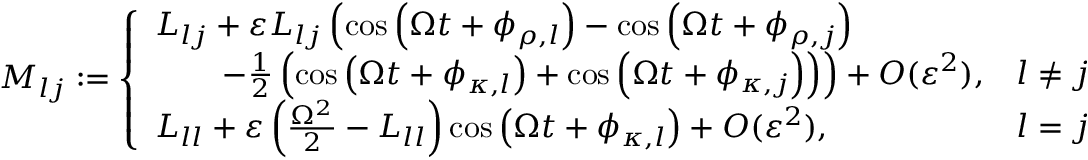
\begin{array} { r } { M _ { l j } : = \left\{ \begin{array} { l l } { L _ { l j } + \varepsilon L _ { l j } \left( \cos { \left( \Omega t + \phi _ { \rho , l } \right) } - \cos { \left( \Omega t + \phi _ { \rho , j } \right) } \right. } \\ { \left. \qquad - \frac { 1 } { 2 } \left( \cos { \left( \Omega t + \phi _ { \kappa , l } \right) } + \cos { \left( \Omega t + \phi _ { \kappa , j } \right) } \right) \right) + O ( \varepsilon ^ { 2 } ) , } & { l \neq j , } \\ { L _ { l l } + \varepsilon \left( \frac { \Omega ^ { 2 } } { 2 } - L _ { l l } \right) \cos { \left( \Omega t + \phi _ { \kappa , l } \right) } + O ( \varepsilon ^ { 2 } ) , } & { l = j . } \end{array} \right. } \end{array}